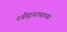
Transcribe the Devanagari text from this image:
रवींद्रनाथाच्या